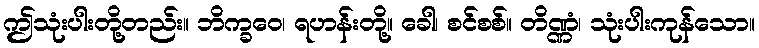
ဤသုံးပါးတို့တည်း။ ဘိက္ခဝေ၊ ရဟန်းတို့။ ခေါ၊ စင်စစ်။ တိဏ္ဏံ၊ သုံးပါးကုန်သော။